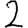
Digit: 2